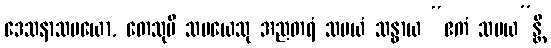
ဒေသနာသမယော, တေသုပိ သမယေသု အညတရံ သမယံ သန္ဓာယ “ဧကံ သမယ”န္တိ